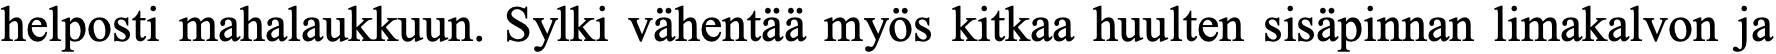
helposti mahalaukkuun. Sylki vähentää myös kitkaa huulten sisäpinnan limakalvon ja